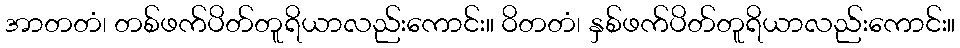
အာတတံ၊ တစ်ဖက်ပိတ်တူရိယာလည်းကောင်း။ ဝိတတံ၊ နှစ်ဖက်ပိတ်တူရိယာလည်းကောင်း။